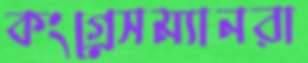
কংগ্রেসম্যানরা